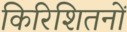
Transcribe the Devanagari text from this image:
किरिशितनों